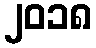
၂၀၁၈